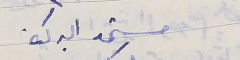
مستمد البركة